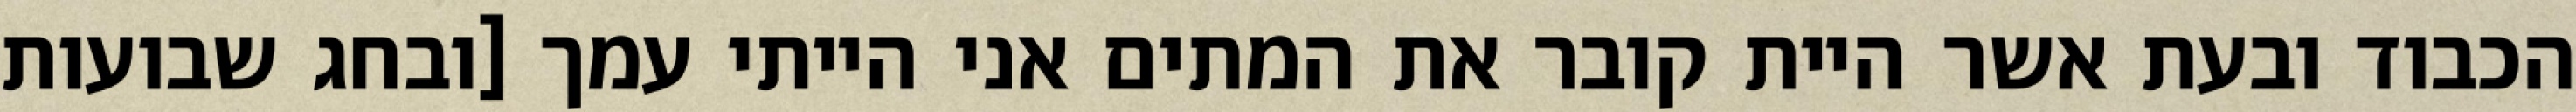
הכבוד ובעת אשר היית קובר את המתים אני הייתי עמך [ובחג שבועות